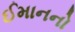
ઈમાનનો